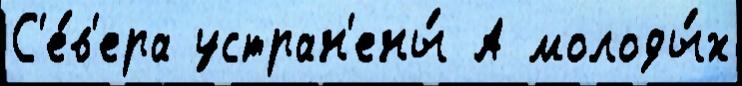
С'е́в'ера устран'ены́ А молоды́х